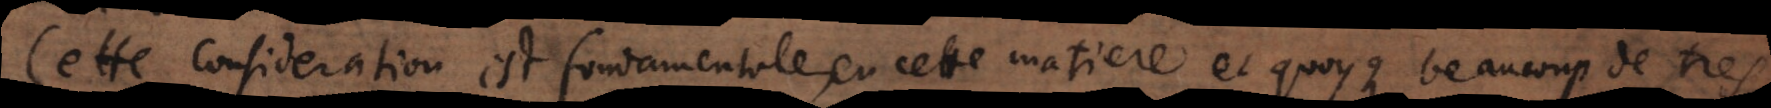
Cette consideration est fondamentale en cette matiere et quoyque beaucoup de tres